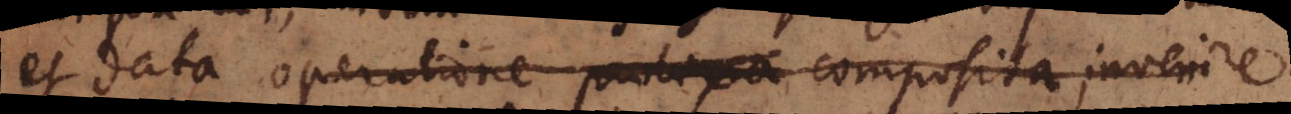
et data operatione composita invenire